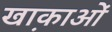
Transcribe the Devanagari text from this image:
खा़काओं